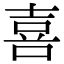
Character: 喜